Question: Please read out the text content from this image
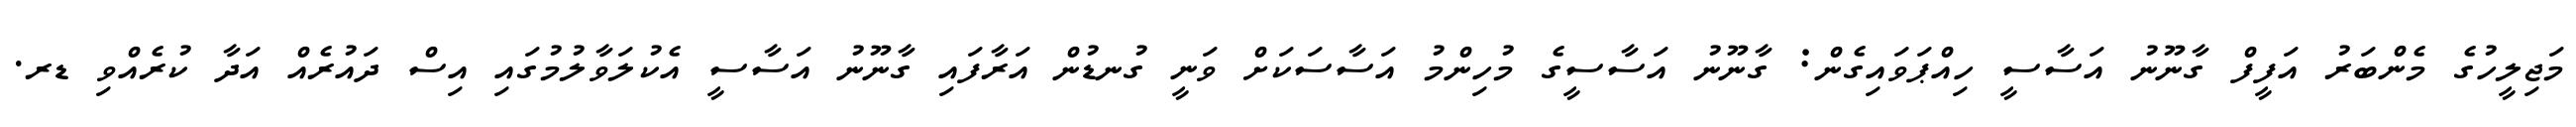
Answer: މަޖިލީހުގެ މެންބަރު އަފީފް ގާނޫނު އަސާސީ ހިއްޕަވައިގެން: ގާނޫނު އަސާސީގެ މުހިންމު އަސާސަކަށް ވަނީ ގުނޑުން އަރާފައި ގާނޫނު އަސާސީ އެކުލަވާލުމުގައި އިސް ދައުރެއް އަދާ ކުރެއްވި ޑރ.